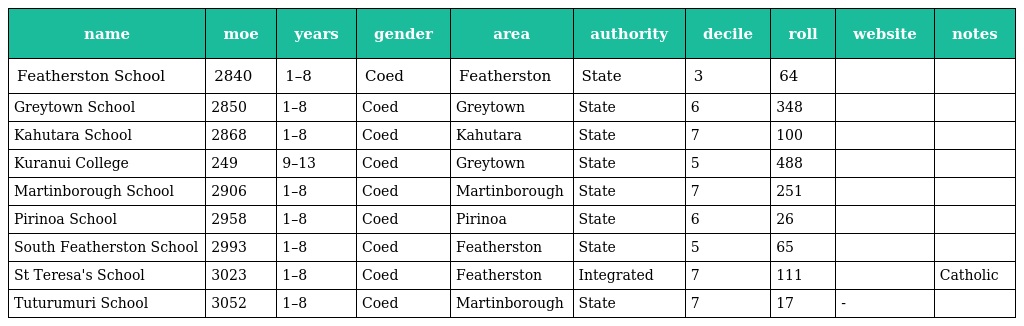
| name | moe | years | gender | area | authority | decile | roll | website | notes |
 | --- | --- | --- | --- | --- | --- | --- | --- | --- | --- |
 | Featherston School | 2840 | 1–8 | Coed | Featherston | State | 3 | 64 |  |  |
 | Greytown School | 2850 | 1–8 | Coed | Greytown | State | 6 | 348 |  |  |
 | Kahutara School | 2868 | 1–8 | Coed | Kahutara | State | 7 | 100 |  |  |
 | Kuranui College | 249 | 9–13 | Coed | Greytown | State | 5 | 488 |  |  |
 | Martinborough School | 2906 | 1–8 | Coed | Martinborough | State | 7 | 251 |  |  |
 | Pirinoa School | 2958 | 1–8 | Coed | Pirinoa | State | 6 | 26 |  |  |
 | South Featherston School | 2993 | 1–8 | Coed | Featherston | State | 5 | 65 |  |  |
 | St Teresa's School | 3023 | 1–8 | Coed | Featherston | Integrated | 7 | 111 |  | Catholic |
 | Tuturumuri School | 3052 | 1–8 | Coed | Martinborough | State | 7 | 17 | - |  |